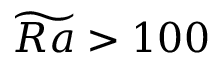
\widetilde { R a } > 1 0 0